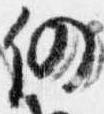
仍